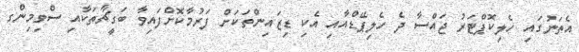
އެތަނުގައި ހެލިކޮޕްޓަރު ޖައްސާ ދެ ހެލިޕޭޑްއާއި އެކި ޑިޒައިންތަކަށް ފަރުމާކޮށްފައިވާ ބަގީޗާތަކާއި ސްވިމިންގ